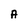
Character: A